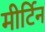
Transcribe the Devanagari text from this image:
मीर्टिन